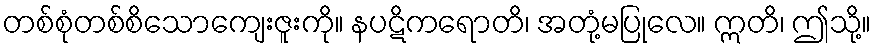
တစ်စုံတစ်စိသောကျေးဇူးကို။ နပဋိကရောတိ၊ အတုံ့မပြုလေ။ ဣတိ၊ ဤသို့။